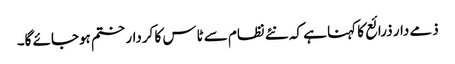
ذمے دار ذرائع کا کہنا ہے کہ نئے نظام سے ٹاس کا کردار ختم ہوجائے گا۔